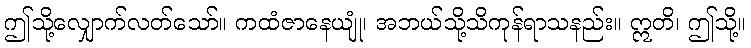
ဤသို့လျှောက်လတ်သော်။ ကထံဇာနေယျုံ၊ အဘယ်သို့သိကုန်ရာသနည်း။ ဣတိ၊ ဤသို့။